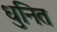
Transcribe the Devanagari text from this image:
धुनित